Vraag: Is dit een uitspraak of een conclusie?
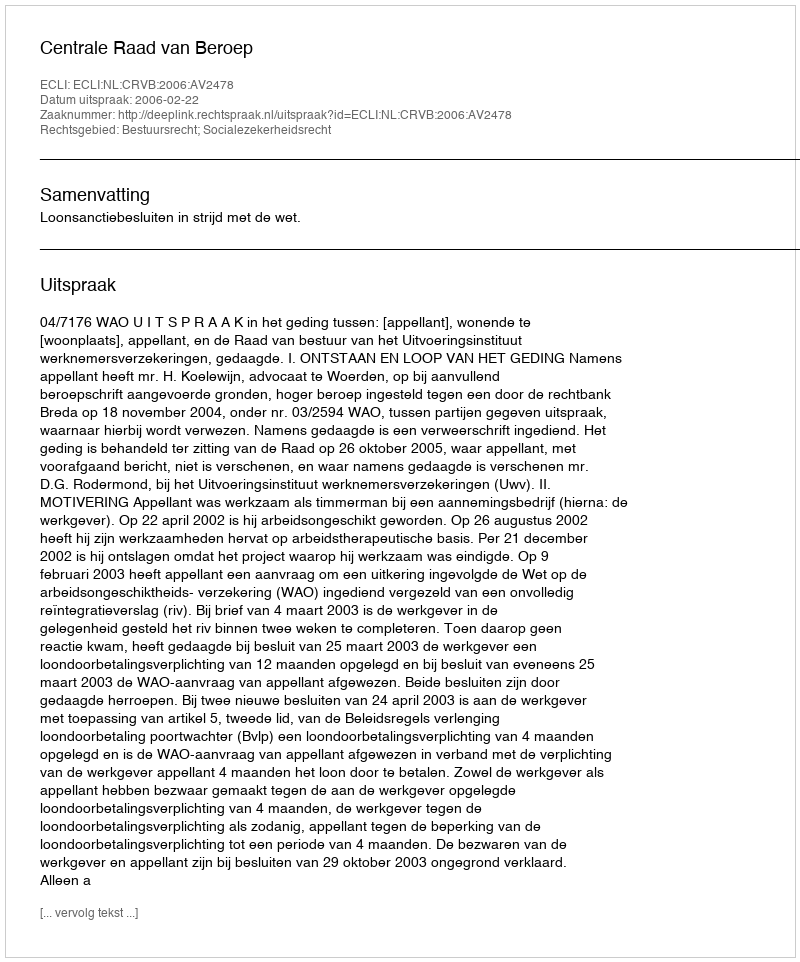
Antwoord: Uitspraak